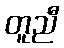
တူညီ